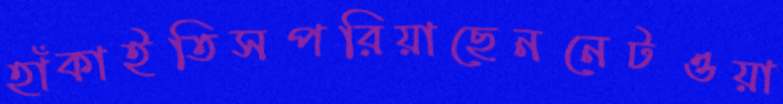
হাঁকাইতিসপরিয়াছেননেটওয়া